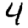
Digit: 4